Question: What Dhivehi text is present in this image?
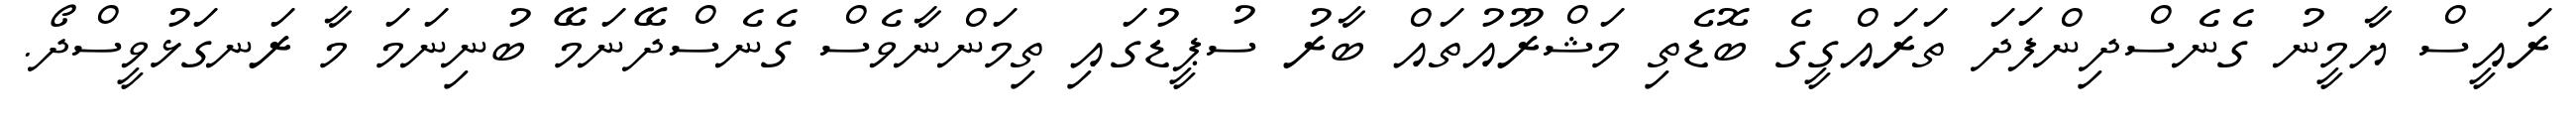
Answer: ރައީސް ޔާމީނު ގެނެސްދިންފަދަ ތަރައްގީގެ ބޮޑެތި މަޝްރޫއުތައް ބާރު ސުޕީޑުގައި ތިމަންނާވެސް ގެނެސްދޭނަމޭ ބުނިނަމަ މާ ރަނގަޅުވީސްދޯ.